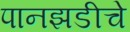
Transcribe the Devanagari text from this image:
पानझडीचे